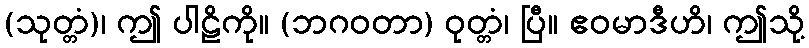
(သုတ္တံ)၊ ဤ ပါဠိကို။ (ဘဂဝတာ) ဝုတ္တံ၊ ပြီ။ ဧဝမာဒီဟိ၊ ဤသို့